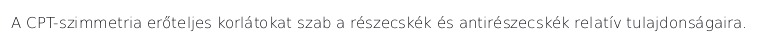
A CPT-szimmetria erőteljes korlátokat szab a részecskék és antirészecskék relatív tulajdonságaira.